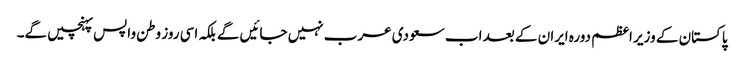
پاکستان کے وزیر اعظم دورہ ایران کے بعد اب سعودی عرب نہیں جائیں گے بلکہ اسی روز وطن واپس پہنچیں گے۔